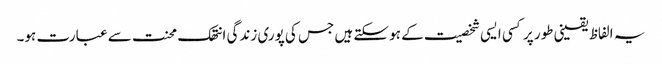
یہ الفاظ یقینی طور پر کسی ایسی شخصیت کے ہو سکتے ہیں جس کی پوری زندگی انتھک محنت سے عبارت ہو۔